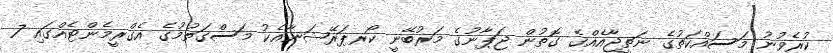
ކުރެވުނު މަސައްކަތުގެ ނަތީޖާއެއްގެ ގޮތުން ޖަޕާނުގެ މަރުބޭނީ ކޯރޕަރޭޝަނާއެކު މަސްގަތުމުގެ އެގްރީމެންޓެއްގައި 7